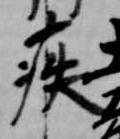
疾